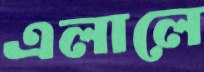
এলালে